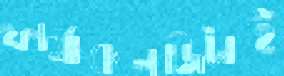
ফার্মাকলজিটাই